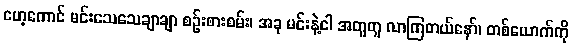
ဟေ့ကောင် မင်းသေသေချာချာ စဉ်းစားစမ်း၊ အခု မင်းနဲ့ငါ အတူတူ လာကြတယ်နော်၊ တစ်ယောက်ကို